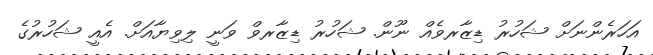
އަހަރެންނަށް ޝަހުރު ޑިޒާރވެއް ނޫން. ޝަހުރު ޑިޒާރވް ވަނީ ލިވިޔާއަށް. އެއީ ޝަހުރުގެ